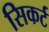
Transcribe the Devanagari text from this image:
सिकर्ट